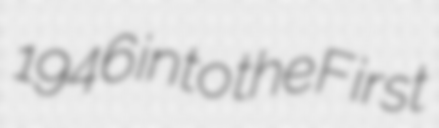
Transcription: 1946 into the First